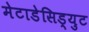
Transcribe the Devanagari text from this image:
मेटाडेसिड्युट